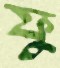
ফু